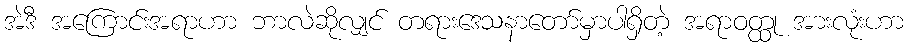
အဲဒီ အကြောင်းအရာဟာ ဘာလဲဆိုလျှင် တရားဒေသနာတော်မှာပါရှိတဲ့ အရာဝတ္ထု အားလုံးဟာ